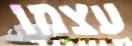
עצמו